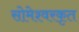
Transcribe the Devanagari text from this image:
सोमेश्वरकृत